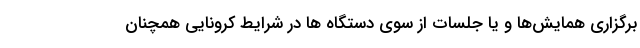
برگزاری همایش‌ها و یا جلسات از سوی دستگاه ها در شرایط کرونایی همچنان